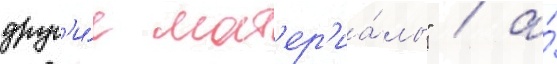
друг'и́е мат'ер'иа́лы" / а́